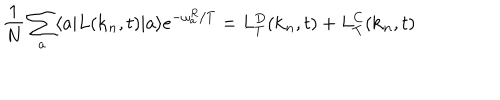
\frac { 1 } { N } \sum _ { a } \langle a | L ( { \bf k } _ { n } , t ) | a \rangle e ^ { - \omega _ { a } ^ { R } / T } = L _ { T } ^ { D } ( { \bf k } _ { n } , t ) + L _ { T } ^ { C } ( { \bf k } _ { n } , t )